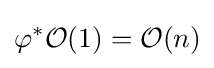
\varphi ^{*}{\mathcal {O}}(1)={\mathcal {O}}(n)